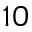
_ { 1 0 }